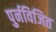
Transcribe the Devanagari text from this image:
पुर्नविजित